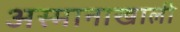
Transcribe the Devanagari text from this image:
अस्मानाखाली